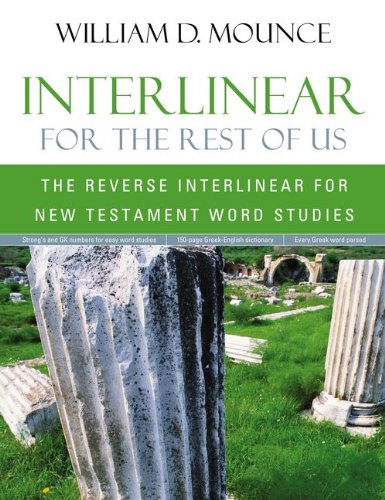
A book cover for Interlinear for the Rest of Us: The Reverse Interlinear for New Testament Word Studies; William D. Mounce; Christian Books & Bibles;